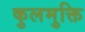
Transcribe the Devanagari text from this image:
कुलमुक्ति